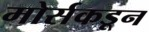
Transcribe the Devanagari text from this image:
मोर्सकडून